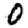
Digit: 0